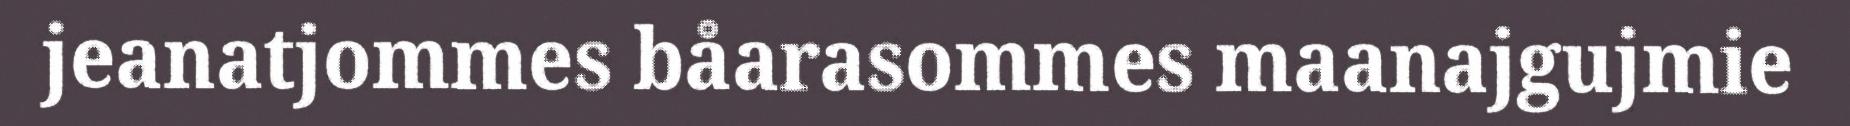
jeanatjommes båarasommes maanajgujmie